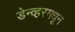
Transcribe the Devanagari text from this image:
डेन्व्हरमधून